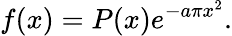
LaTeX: f(x)=P(x)e^{-a\pi x^{2}}.